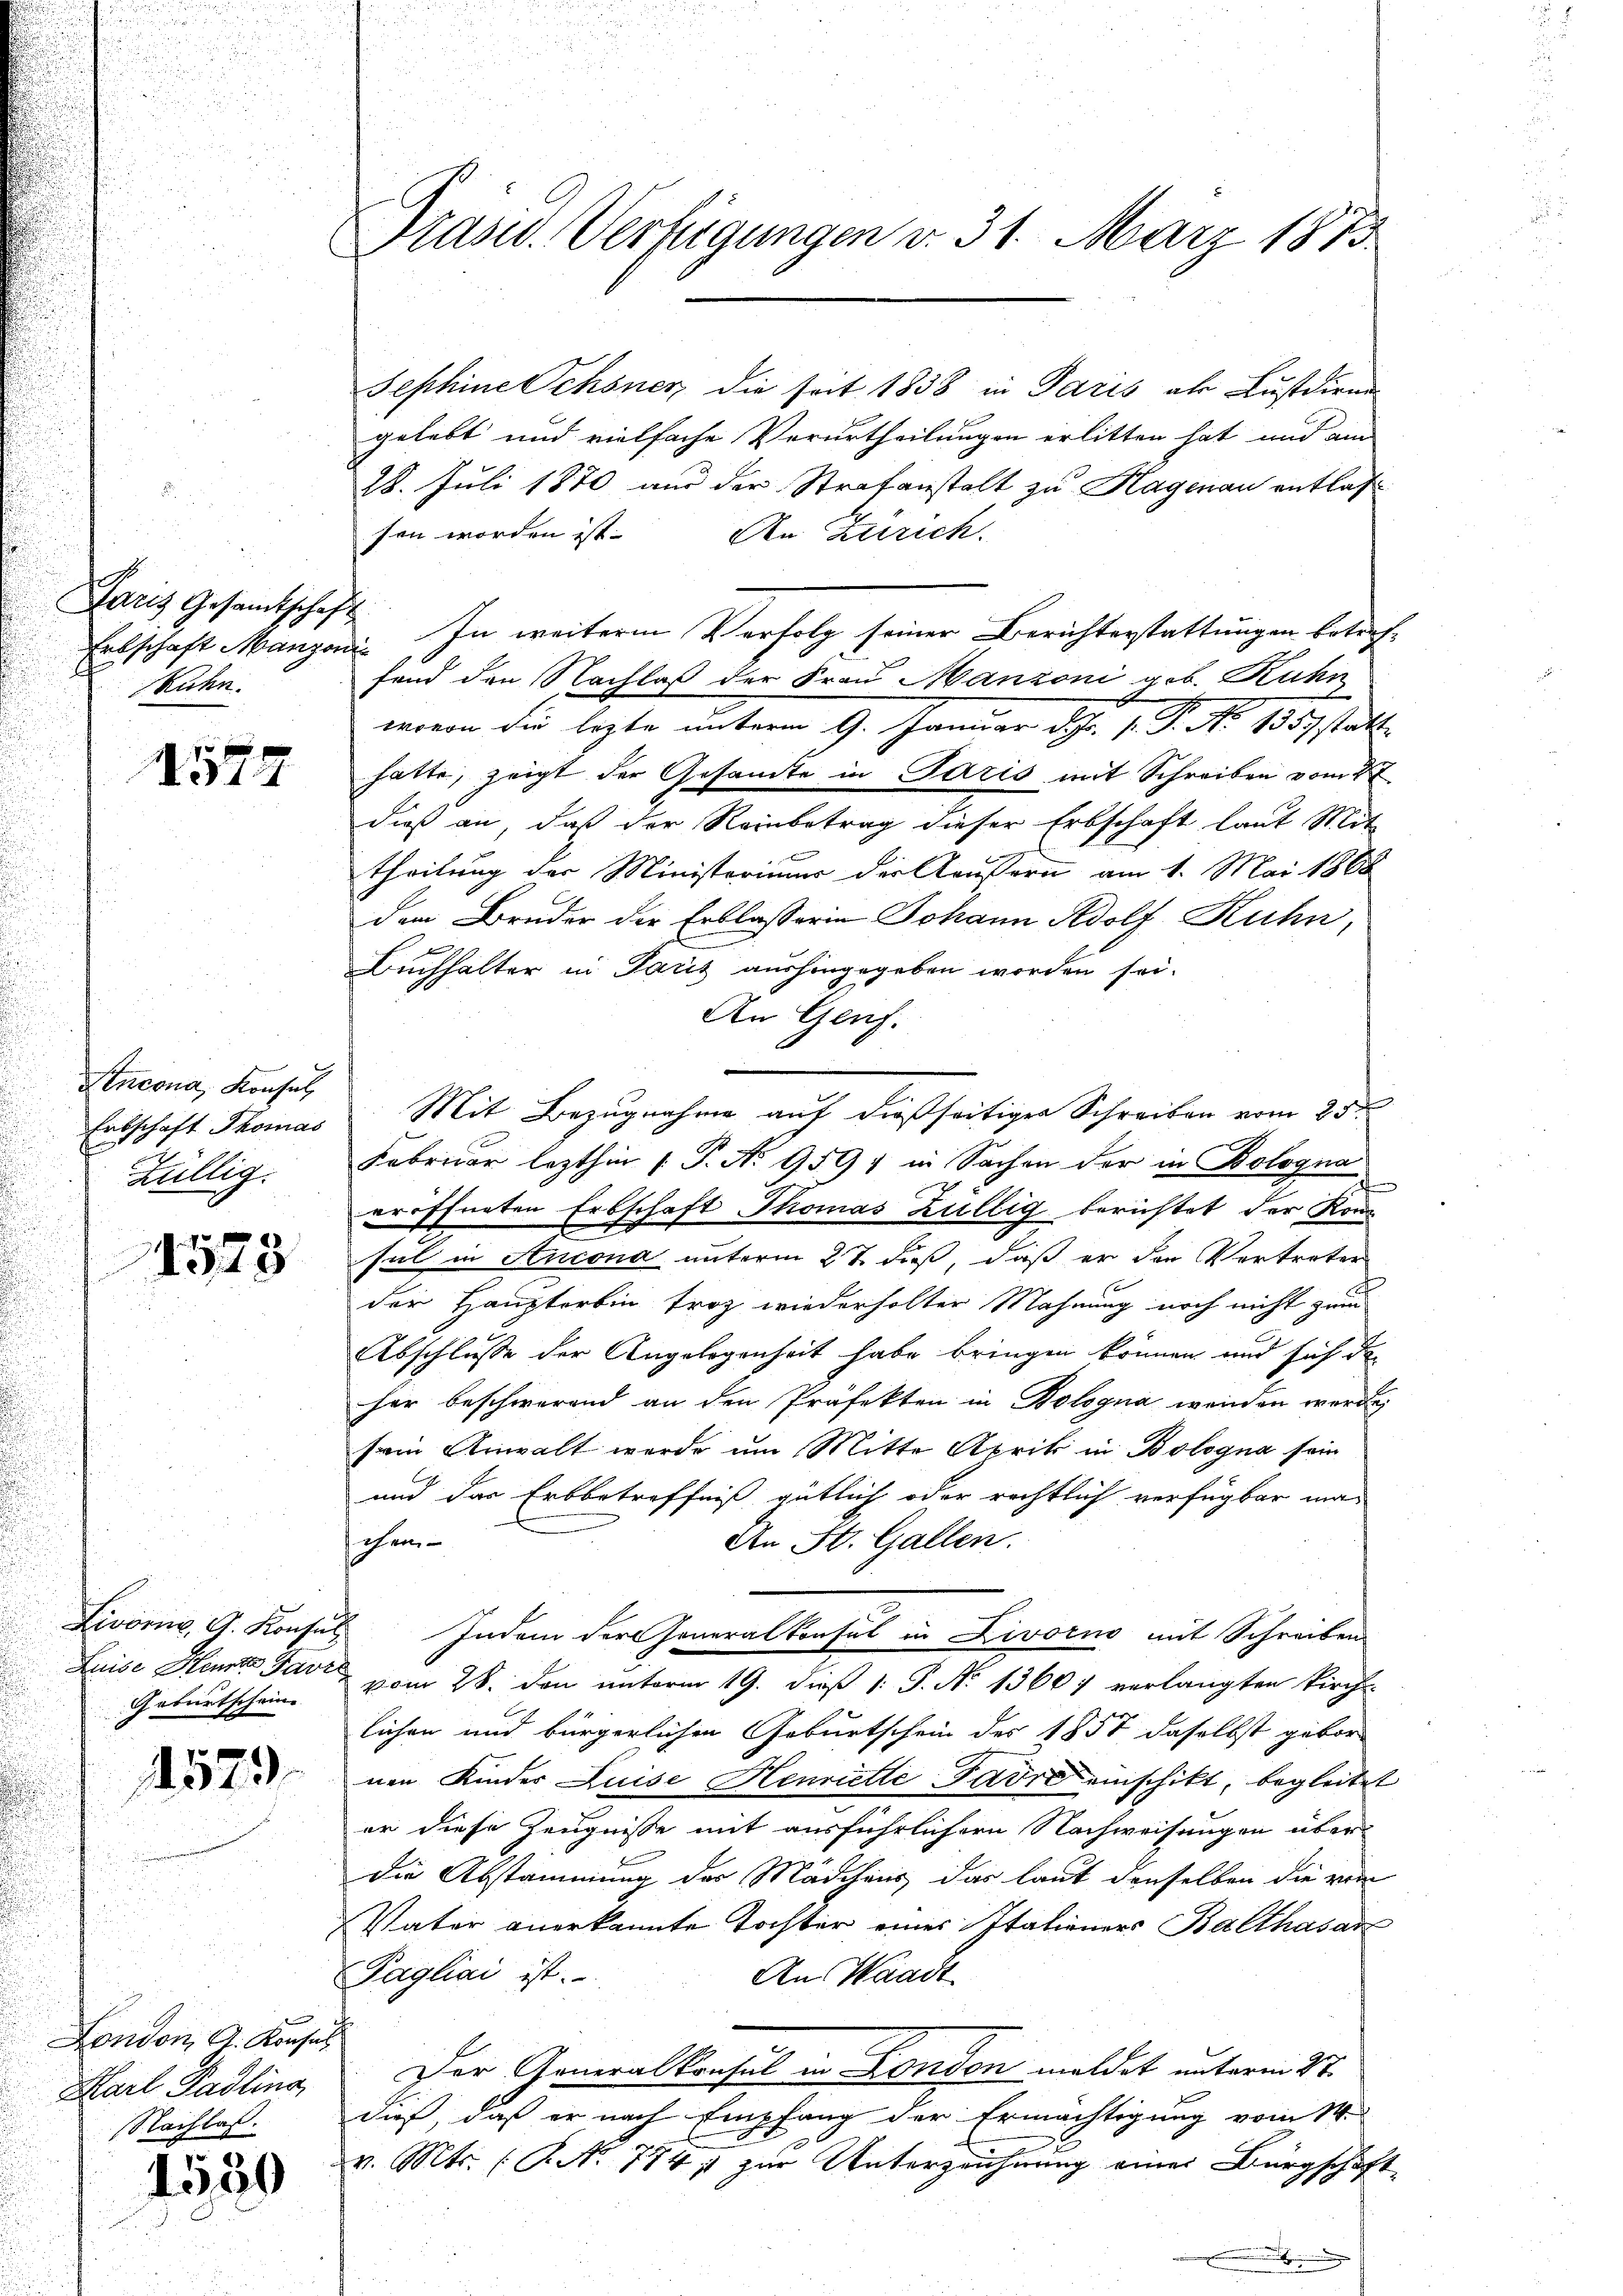
Paris Gesamtschaft
Ruhn.

1577

Sencona, Konsul
Hüllig.

1523

Luise Heute Pavil
Geburtscheine

1579.

London A. Konsul
Karl Padling,
Nachlaß.

1550

Präsid. Verfügungen v. 31. März 1873

Sephine Schönen die seit 1838 in Paris als Lustdire
gelebt und vielfache Verurtheilungen erlitten hat und ain
28. Juli 1870 aus der Strafanstalt zu Hagenau entlassen worden ist. Den Zürich.
Erbschaft Manzoni. In weitere Verfolg seiner Berichterstattungen betreffand den Nachlaß der Frau Manzoni geb. Rahn
wovon die lezte unterm 9. Januar d. J. J. P. No 135. statt
hatte, zeigt der Gesamte in Paris mit Schreiben vom 27
dieß an, daß der Reinbetrag dieser Erbschaft laut Mit
x
theilung der Ministeriums der Aeußern am 1. Mai 1868
dem Bruder der Erblasserin Johann Adolf Kuhn,
Buchhalter in Paris aushingegeben worden sei.
An Genf.
Februar lezthin (T. No 959) in Sachen der in Bologna
eröffneten Erbschaft Thomas Züllig berichtet der Konsul in Ancona unterm 27 dieß, daß er den Vertreter
der Hauptorben froh wiederholter Mahnung noch nicht zum
Abschlusse der Angelegenheit habe bringen können und sich de
her beschwerend an den Präfekten in Bologna wenden werde;
freie Anwalt werde um Mitte Aprik in Bologna sein
und das Erbbetreffniß gütlich oder rechtlich verfügbar machen
An St. Gallen.
Livorne, A. Konsuls Indem der Generalkonsul in Livorno mit Schreiben
vom 28. den unterm 19. dieß 1: P. Nr. 13667 verlangten Kirch-
lichen und bürgerlichen Geburtschein des 1857 daselbst gebor
nen Kinder Luise Henriette Favre einschikt, begleitet
er diese Zeugnisse mit ausführlichern Nachweisungen überdie Abstammung des Mädchens das laut denselben die von
Vater anerkannte Tochter eines Italieners Balthasar
Pagliai ist.
An Waadt
Der Generalkonsul in London meldet unterm 27.
dieß, daß er nach Empfang der Ermächtigung vom 14.
v. Mts. (T. No 774 11 zur Unterzeichnung einer Bürgschaft

Entschaft Thomas Mit Bezugnahme auf dießseitiger Schreiben vom 20ten

.